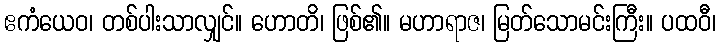
ဧကံယေဝ၊ တစ်ပါးသာလျှင်။ ဟောတိ၊ ဖြစ်၏။ မဟာရာဇ၊ မြတ်သောမင်းကြီး။ ပထဝီ၊